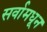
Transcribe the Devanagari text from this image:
सर्वामधून